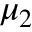
\mu _ { 2 }